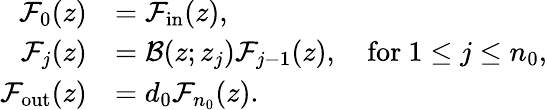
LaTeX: \begin{array}{rl}{\mathcal{F}_{0}(z)}&{=\mathcal{F}_{\mathrm{in}}(z),}\\ {\mathcal{F}_{j}(z)}&{=\mathcal{B}(z;z_{j})\mathcal{F}_{j-1}(z),\quad\mathrm{for}\ 1\leq j\leq n_{0},}\\ {\mathcal{F}_{\mathrm{out}}(z)}&{=d_{0}\mathcal{F}_{n_{0}}(z).}\end{array}